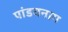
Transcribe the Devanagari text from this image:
पांडवनाग